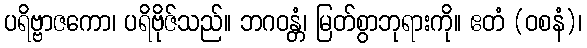
ပရိဗ္ဗာဇကော၊ ပရိဗိုဇ်သည်။ ဘဂဝန္တံ၊ မြတ်စွာဘုရားကို။ ဧတံ (ဝစနံ)၊